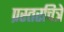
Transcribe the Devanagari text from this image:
प्रस्तरचित्रे